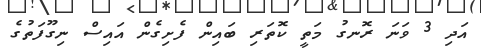
އަދި 3 ވަނަ ރޮނގު މަތީ ކޮތަރި ބައިން ފެށިގެން އައިސް ނިގޫފަތުގެ